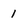
Character: 1